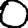
Digit: 0